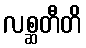
လစ္ဆတီတိ